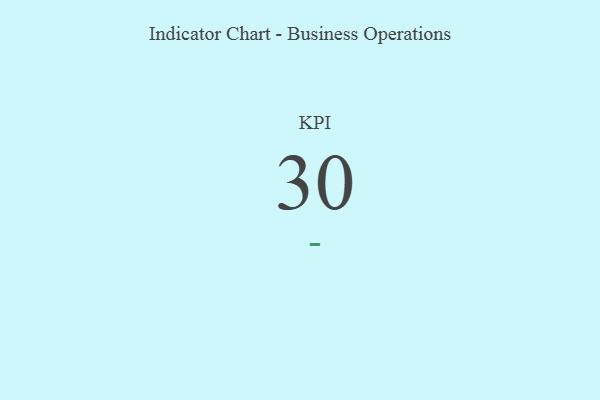
{"axis": {"x": "KPI", "y": "Value"}, "legend": [""], "data": [{"x": "KPI", "y": 30, "type": ""}]}